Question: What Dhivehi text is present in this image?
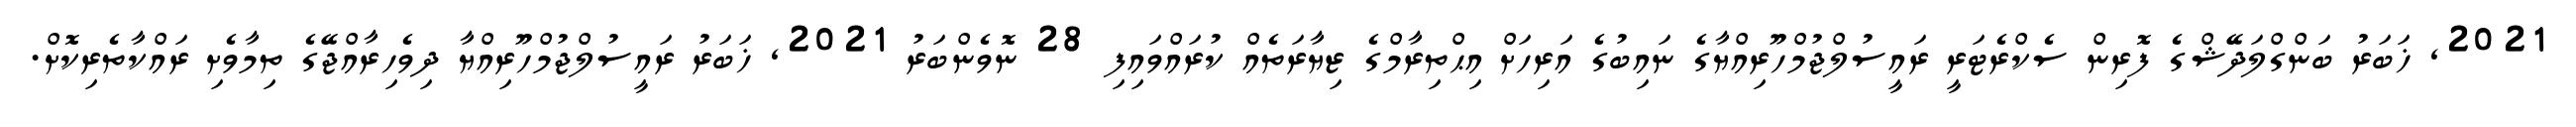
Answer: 2021, ޚަބަރު ބަންގްލަދޭޝްގެ ފޮރިން ސެކްރެޓަރީ ރައީސުލްޖުމްހޫރިއްޔާގެ ނައިބުގެ އަރިހަށް އިޙްތިރާމްގެ ޒިޔާރަތެއް ކުރައްވައިފި 28 ނޮވެންބަރު 2021, ޚަބަރު ރައީސުލްޖުމްހޫރިއްޔާ ދިވެހިރާއްޖޭގެ ތިމާވެށި ރައްކާތެރިކޮށް.